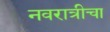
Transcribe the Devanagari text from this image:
नवरात्रीचा